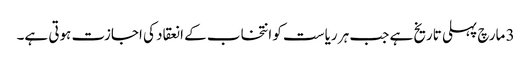
3 مارچ پہلی تاریخ ہے جب ہر ریاست کو انتخاب کے انعقاد کی اجازت ہوتی ہے۔